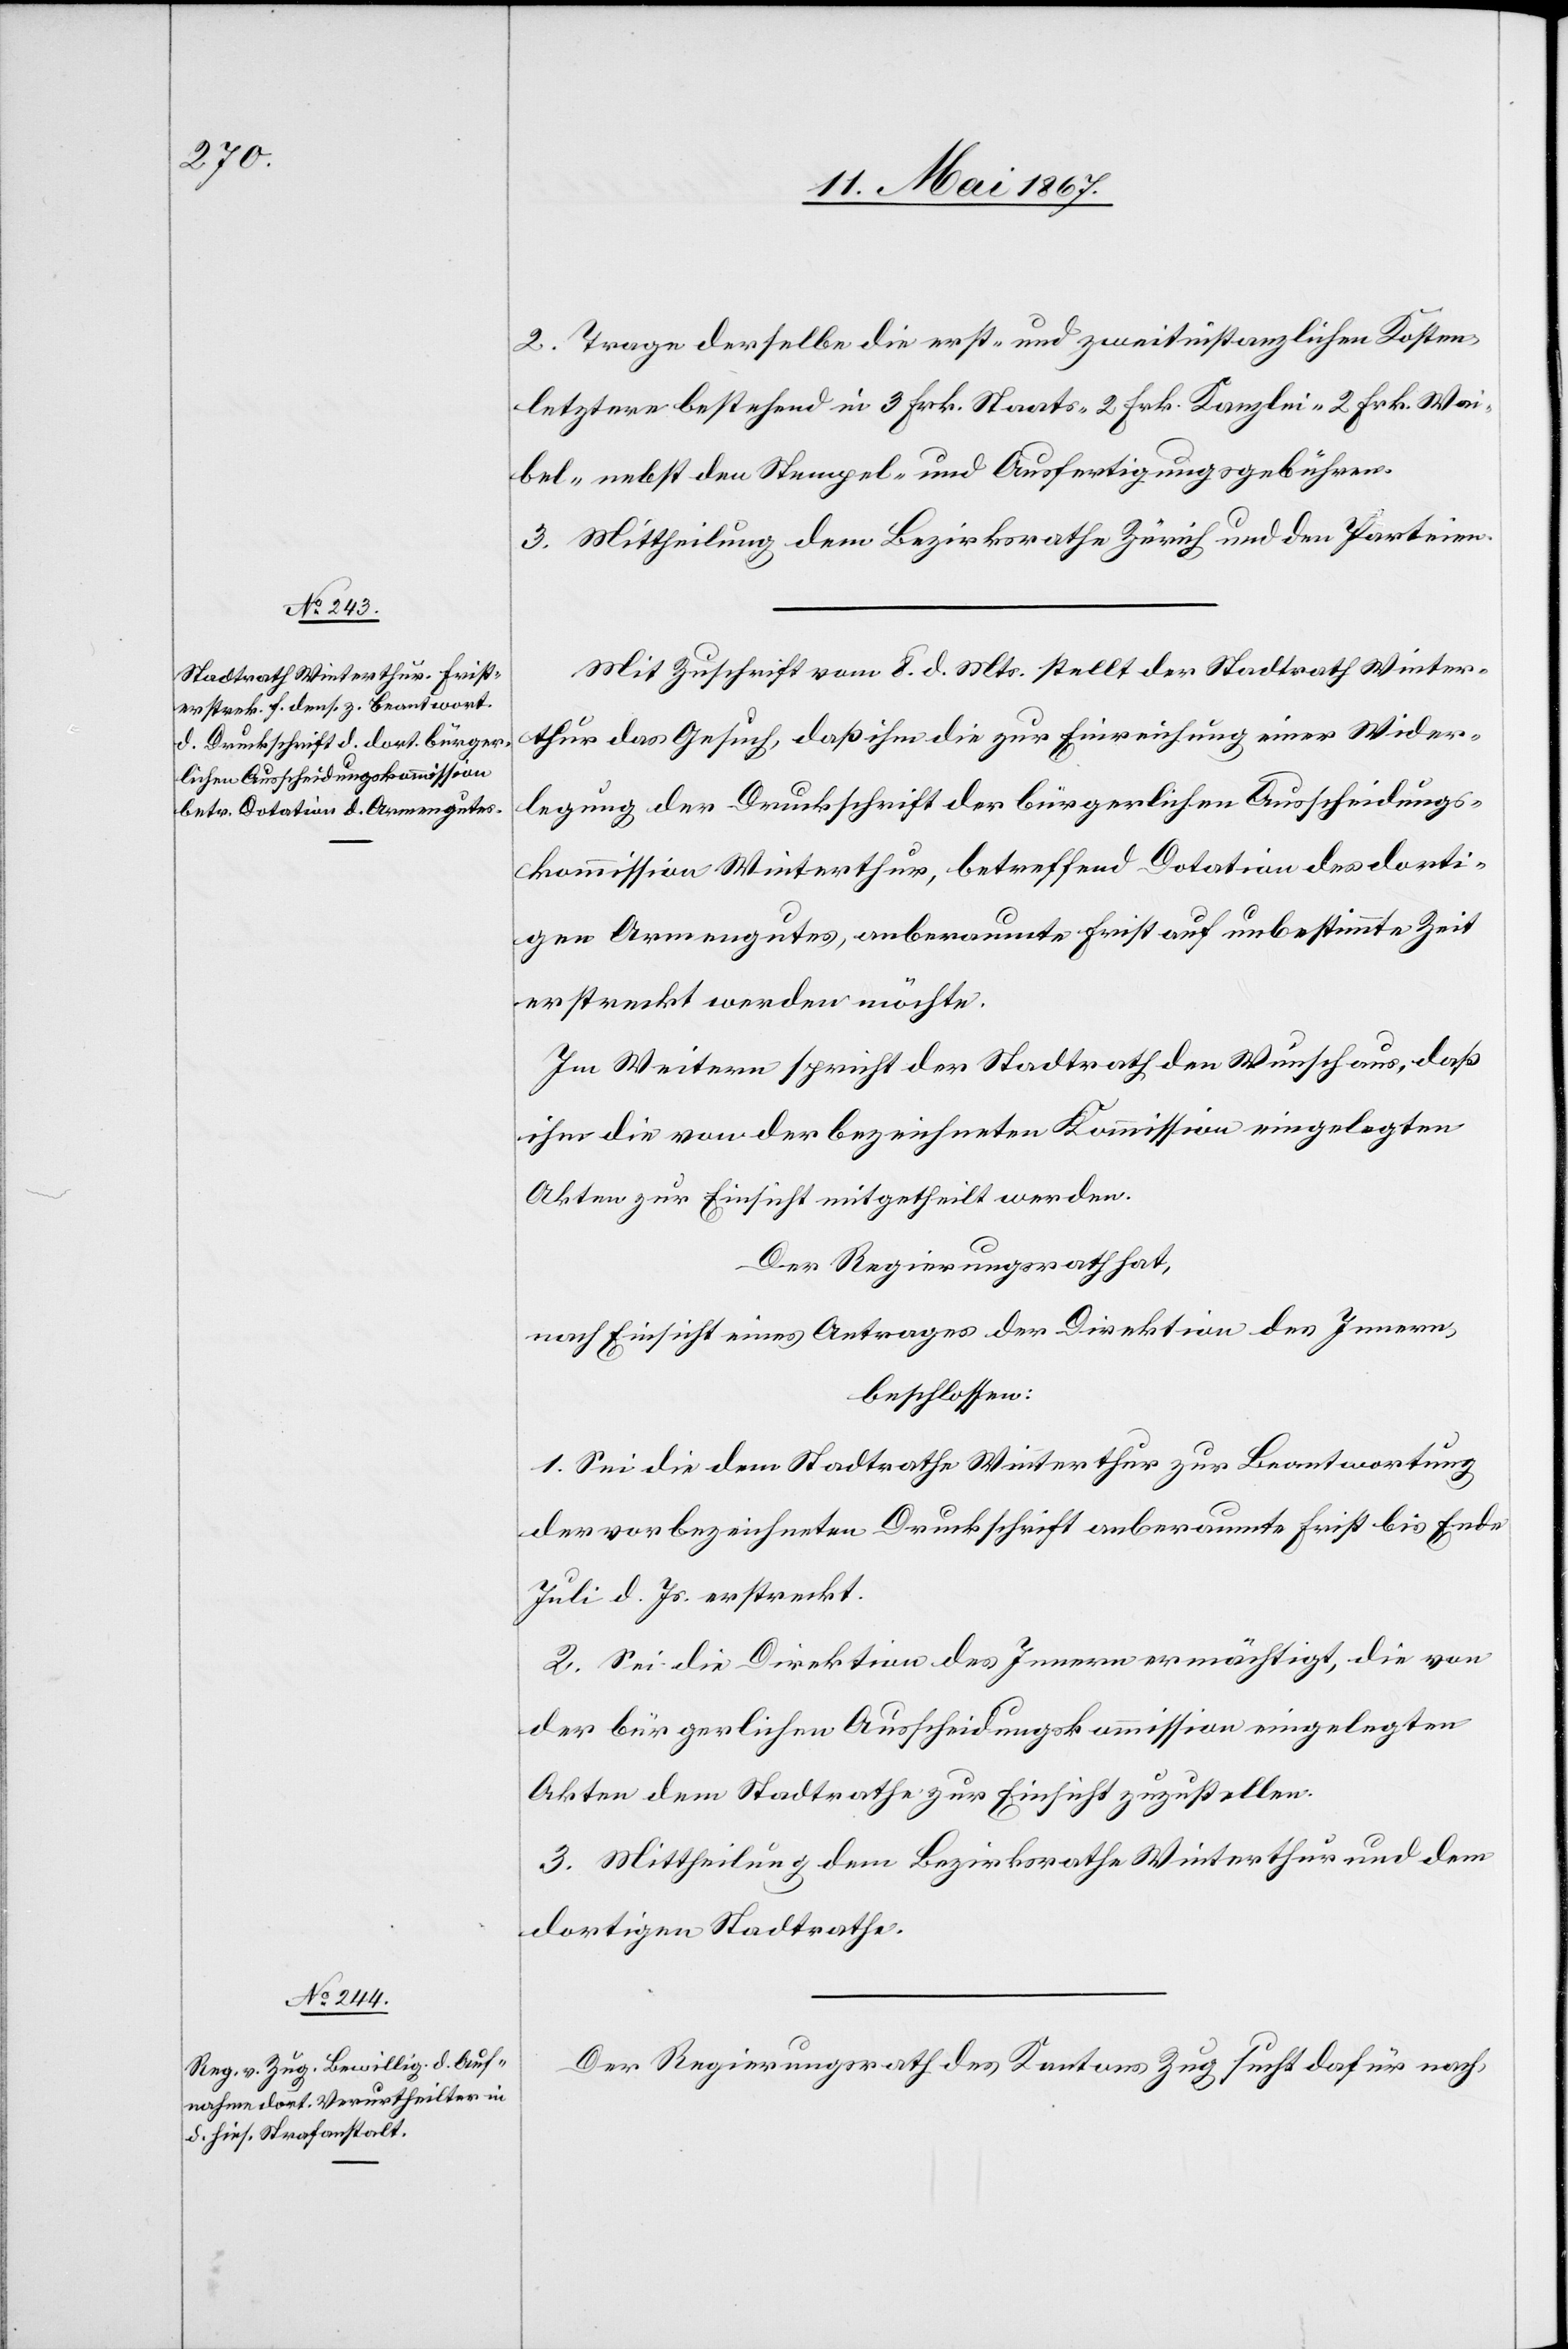
2. Trage derselbe die erst- und zweitinstanzlichen Kosten,
letztere bestehend in 3 Frk. Staats-[,] 2 Frk. Kanzlei-[,] 2 Frk. Wei¬
bel- nebst den Stempel- und Ausfertigungsgebühren.
3. Mittheilung dem Bezirksrathe Zürich und den Parteien.
Mit Zuschrift vom 8. d. Mts. stellt der Stadtrath Winter¬
thur das Gesuch, daß ihm die zur Einreichung einer Wider¬
legung der Druckschrift der bürgerlichen Ausscheidungs¬
kommission Winterthur, betreffend Dotation des dorti¬
gen Armengutes, anberaumte Frist auf unbestimmte Zeit
erstreckt werden möchte.
Im Weitern spricht der Stadtrath den Wunsch aus, daß
ihm die von der bezeichneten Kommission eingelegten
Akten zur Einsicht mitgetheilt werden.
Der Regierungsrath hat,
nach Einsicht eines Antrages der Direktion des Innern,
beschlossen:
1. Sei die dem Stadtrathe Winterthur zur Beantwortung
der vorbezeichneten Druckschrift anberaumte Frist bis Ende
Juli d. Js. erstreckt.
2. Sei die Direktion des Innern ermächtigt, die von
der bürgerlichen Ausscheidungskommission eingelegten
Akten dem Stadtrathe zur Einsicht zuzustellen.
3. Mittheilung dem Bezirksrathe Winterthur und dem
dortigen Stadtrathe.
Der Regierungsrath des Kantons Zug sucht dafür nach,